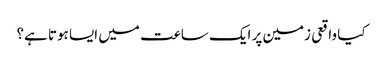
کیا واقعی زمین پر ایک ساعت میں ایسا ہوتا ہے؟